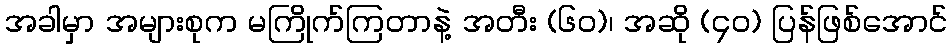
အခါမှာ အများစုက မကြိုက်ကြတာနဲ့ အတီး (၆၀)၊ အဆို (၄၀) ပြန်ဖြစ်အောင်